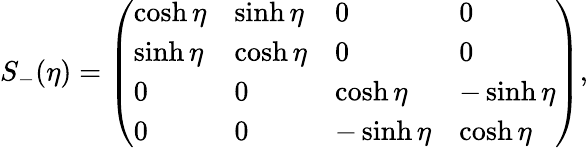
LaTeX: S_{-}(\eta)=\left(\begin{array}{llll}{{\cosh\eta}}&{{\sinh\eta}}&{{0}}&{{0}}\\ {{\sinh\eta}}&{{\cosh\eta}}&{{0}}&{{0}}\\ {{0}}&{{0}}&{{\cosh\eta}}&{{-\sinh\eta}}\\ {{0}}&{{0}}&{{-\sinh\eta}}&{{\cosh\eta}}\end{array}\right),